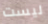
ليست